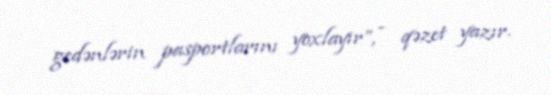
gedənlərin pasportlarını yoxlayır”, - qəzet yazır.